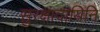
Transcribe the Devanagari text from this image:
सुरक्षादायिनि